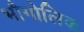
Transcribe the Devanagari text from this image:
भौगोलिक